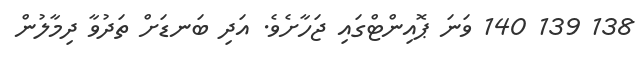
138 139 140 ވަނަ ޕޮއިންޓްގައި ޖަހާށެވެ. އަދި ބަނޑަށް ތަަދުވާ ދިމާލުން